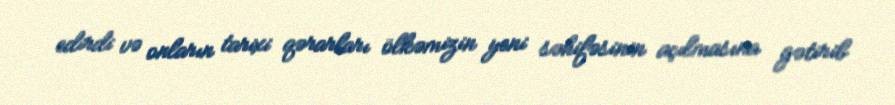
edirdi və onların tarixi qərarları ölkəmizin yeni səhifəsinin açılmasına gətirib